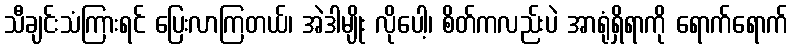
သီချင်းသံကြားရင် ပြေးလာကြတယ်၊ အဲဒါမျိုး လိုပေါ့၊ စိတ်ကလည်းပဲ အာရုံရှိရာကို ရောက်ရောက်